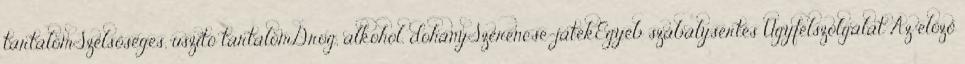
tartalomSzélsőséges, uszító tartalomDrog, alkohol, dohánySzerencse-játékEgyéb szabálysértés Ügyfélszolgálat Az előző